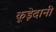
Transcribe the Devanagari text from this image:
कूड़ेदानी